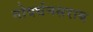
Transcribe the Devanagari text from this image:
गोवर्धनसराय